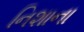
નિશાના